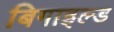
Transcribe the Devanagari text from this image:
बिगाइल्ड